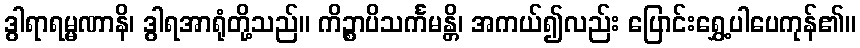
ဒွါရာရမ္မဏာနိ၊ ဒွါရအာရုံတို့သည်။ ကိဉ္စာပိသင်္ကမန္တိ၊ အကယ်၍လည်း ပြောင်းရွှေ့ပါပေကုန်၏။